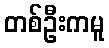
တစ်ဦးကမူ